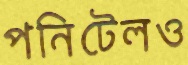
পনিটেলও